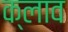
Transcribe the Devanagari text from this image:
क्लाव